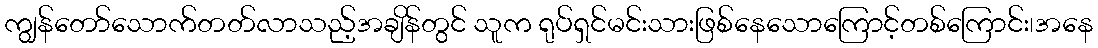
ကျွန်တော်သောက်တတ်လာသည့်အချိန်တွင် သူက ရုပ်ရှင်မင်းသားဖြစ်နေသောကြောင့်တစ်ကြောင်း၊အနေ